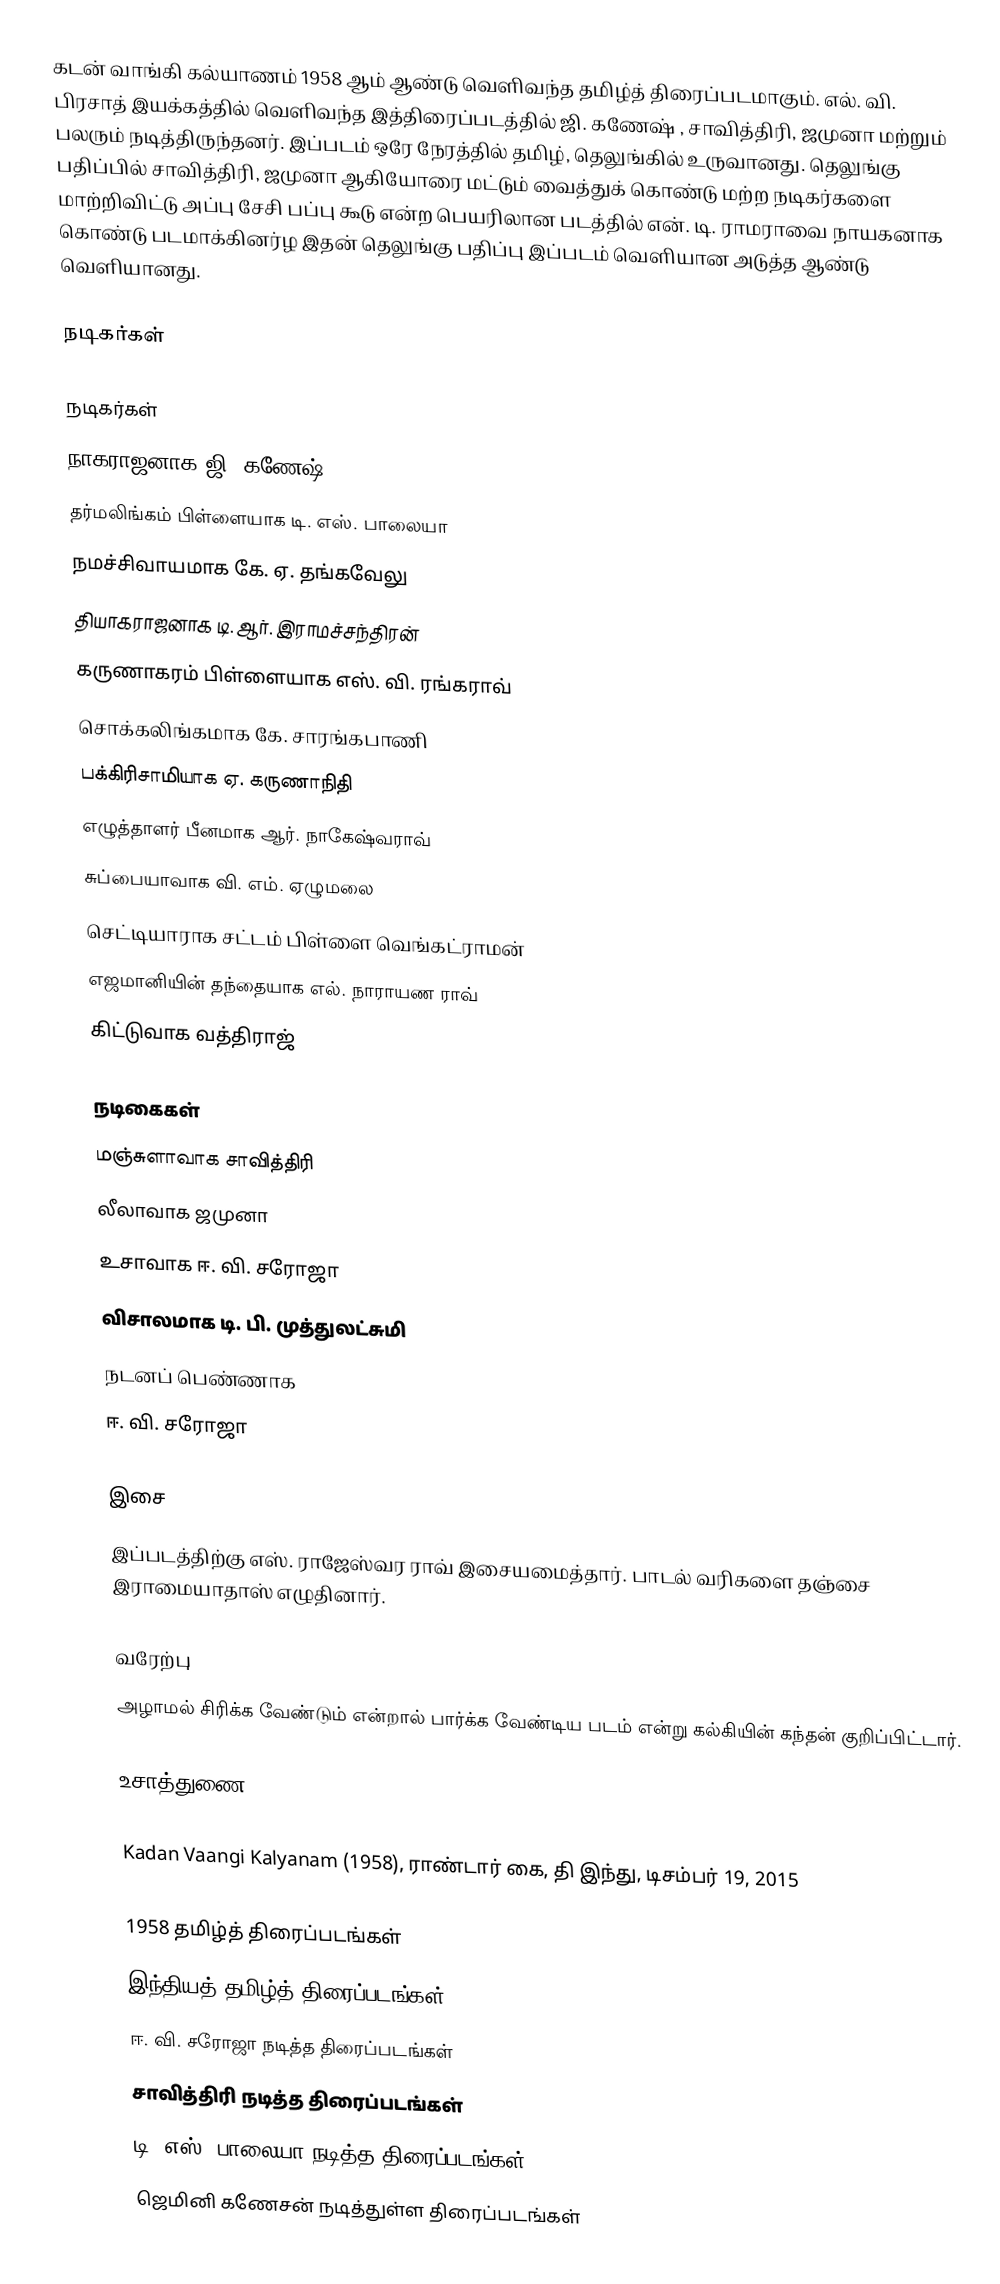
கடன் வாங்கி கல்யாணம் 1958 ஆம் ஆண்டு வெளிவந்த தமிழ்த் திரைப்படமாகும். எல். வி. பிரசாத் இயக்கத்தில் வெளிவந்த இத்திரைப்படத்தில் ஜி. கணேஷ் , சாவித்திரி, ஜமுனா மற்றும் பலரும் நடித்திருந்தனர். இப்படம் ஒரே நேரத்தில் தமிழ், தெலுங்கில் உருவானது. தெலுங்கு பதிப்பில் சாவித்திரி, ஜமுனா ஆகியோரை மட்டும் வைத்துக் கொண்டு மற்ற நடிகர்களை மாற்றிவிட்டு அப்பு சேசி பப்பு கூடு என்ற பெயரிலான படத்தில் என். டி. ராமராவை நாயகனாக கொண்டு படமாக்கினர்ழ இதன் தெலுங்கு பதிப்பு இப்படம் வெளியான அடுத்த ஆண்டு வெளியானது.

நடிகர்கள்

நடிகர்கள்
 நாகராஜனாக ஜி. கணேஷ்
 தர்மலிங்கம் பிள்ளையாக டி. எஸ். பாலையா
 நமச்சிவாயமாக கே. ஏ. தங்கவேலு
 தியாகராஜனாக டி. ஆர். இராமச்சந்திரன்
 கருணாகரம் பிள்ளையாக எஸ். வி. ரங்கராவ்
 சொக்கலிங்கமாக கே. சாரங்கபாணி
 பக்கிரிசாமியாக ஏ. கருணாநிதி
 எழுத்தாளர் பீனமாக ஆர். நாகேஷ்வராவ்
 சுப்பையாவாக வி. எம். ஏழுமலை
 செட்டியாராக சட்டம் பிள்ளை வெங்கட்ராமன்
 எஜமானியின் தந்தையாக எல். நாராயண ராவ்
 கிட்டுவாக வத்திராஜ்

நடிகைகள்
 மஞ்சுளாவாக சாவித்திரி
 லீலாவாக ஜமுனா
 உசாவாக ஈ. வி. சரோஜா
 விசாலமாக டி. பி. முத்துலட்சுமி
நடனப் பெண்ணாக
 ஈ. வி. சரோஜா

இசை
இப்படத்திற்கு எஸ். ராஜேஸ்வர ராவ் இசையமைத்தார். பாடல் வரிகளை தஞ்சை இராமையாதாஸ் எழுதினார்.

வரேற்பு
அழாமல் சிரிக்க வேண்டும் என்றால் பார்க்க வேண்டிய படம் என்று கல்கியின் கந்தன் குறிப்பிட்டார்.

உசாத்துணை

Kadan Vaangi Kalyanam (1958), ராண்டார் கை, தி இந்து, டிசம்பர் 19, 2015

1958 தமிழ்த் திரைப்படங்கள்
இந்தியத் தமிழ்த் திரைப்படங்கள்
ஈ. வி. சரோஜா நடித்த திரைப்படங்கள்
சாவித்திரி நடித்த திரைப்படங்கள்
டி. எஸ். பாலையா நடித்த திரைப்படங்கள்
ஜெமினி கணேசன் நடித்துள்ள திரைப்படங்கள்